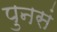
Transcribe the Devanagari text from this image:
पुनसं